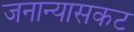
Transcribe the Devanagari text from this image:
जनान्यासकट